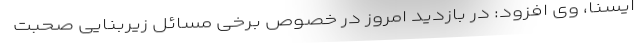
ایسنا، وی افزود: در بازدید امروز در خصوص برخی مسائل زیربنایی صحبت